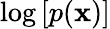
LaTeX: \log\, [p(\mathbf{x})]